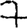
Digit: 7